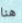
هنا